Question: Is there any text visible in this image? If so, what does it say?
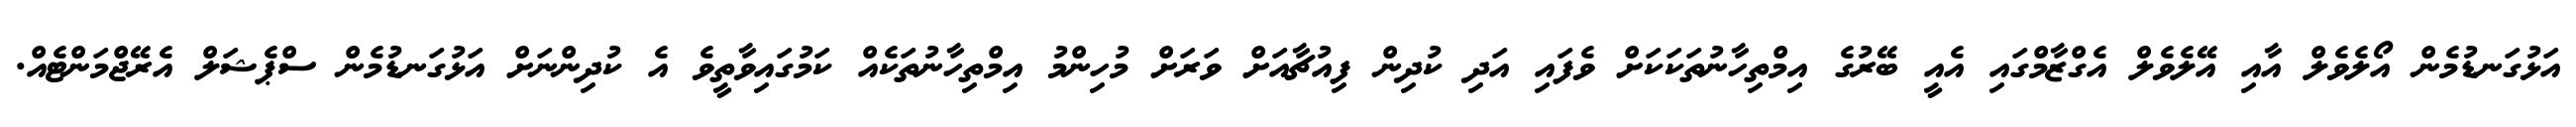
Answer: އަޅުގަނޑުމެން އޯލެވެލް އާއި އޭލެވެލް އެގްޒާމްގައި އެއީ ބޭރުގެ އިމްތިހާނުތަކަކަށް ވެފައި އަދި ކުދިން ފިއުޗާއަށް ވަރަށް މުހިންމު އިމްތިހާނުތަކެއް ކަމުގައިވާތީވެ އެ ކުދިންނަށް އަޅުގަނޑުމެން ސްޕެޝަލް އެރޭޖްމަންޓެއް.